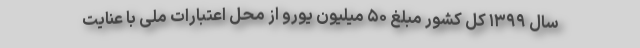
سال ۱۳۹۹ کل کشور مبلغ ۵۰ میلیون یورو از محل اعتبارات ملی با عنایت